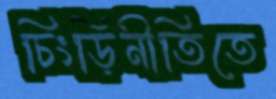
চিংড়িনীতিতে